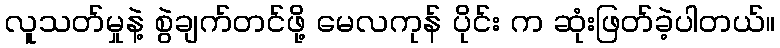
လူသတ်မှုနဲ့ စွဲချက်တင်ဖို့ မေလကုန် ပိုင်း က ဆုံးဖြတ်ခဲ့ပါတယ်။